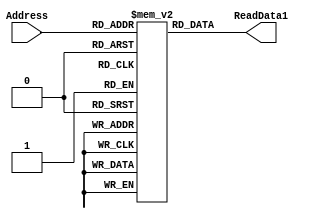
`timescale 1ns / 1ps
//////////////////////////////////////////////////////////////////////////////////
// Company: 
// Engineer: 
// 
// Design Name: 
// Module Name: Inst
// Project Name: 
// Target Devices: 
// Tool Versions: 
// Description: 
// 
// Dependencies: 
// 
// Revision:
// Revision 0.01 - File Created
// Additional Comments:
// 
//////////////////////////////////////////////////////////////////////////////////


module Inst(Address, ReadData1);
input [7:0] Address;   //8 bit address
output reg [20:0] ReadData1;  //To read 21 bit instruction

reg [20:0] memory_file [0:255];	// Entire list of memory

// Asyncronous read of memory
always @(Address, memory_file[Address])
begin
	ReadData1 = memory_file[Address];
end

integer i;

//Instructions are loaded in the instruction memory using an initial block.

initial
	begin
	
	    i = 1;
		memory_file[i] = 21'b001_0001_0000_0000_00000_1; //set valve 1 (Opcode 001)
		i=i+1;
		memory_file[i] = 21'b010_0001_00000_00010_001_0; //delay valve 1 by two miliseconds (Opcode 010)
		i=i+1;
		memory_file[i] = 21'b001_0001_0000_0000_00000_0; //Unset valve 1 (Opcode 001)
		i=i+1;
		memory_file[i] = 21'b000_0000_0000_0000_00000_0; //halt (Opcode 000)
    end

endmodule